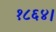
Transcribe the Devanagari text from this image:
१८६४।